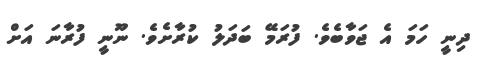
ދިނީ ހަމަ އެ ޖަވާބެވެ. ފުރަމޭ ބަދަލު ކުރާށެވެ. ނޫނީ ފުރާނަ އަށް